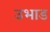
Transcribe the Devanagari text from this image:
उभाड